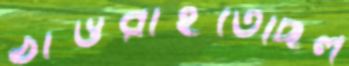
ঠাওরাইতেছিল